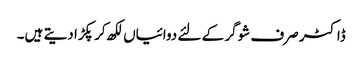
ڈاکٹر صرف شوگر کے لئے دوائیاں لکھ کر پکڑا دیتے ہیں۔